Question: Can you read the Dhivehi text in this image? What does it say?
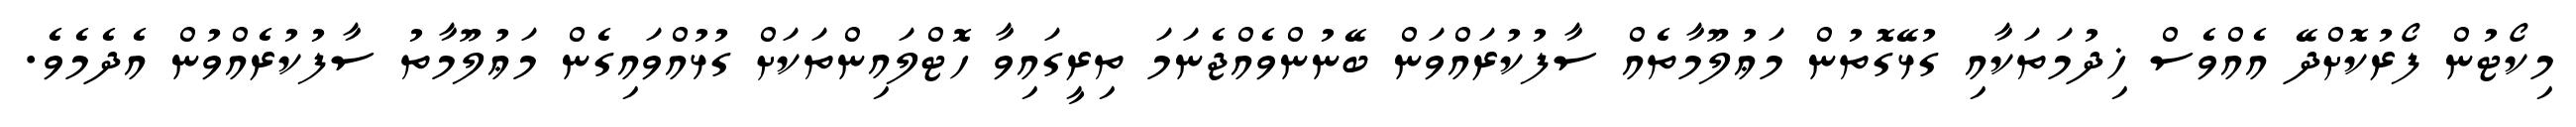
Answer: މިކޯޓުން ފޯރުކޮށްދޭ އެއްވެސް ޚިދުމަތަކާއި ގުޅޭގޮތުން މަޢުލޫމާތެއް ސާފުކުރައްވަން ބޭނުންވެއްޖެނަމަ ތިރީގައިވާ ހޮޓްލައިންތަކަށް ގުޅުއްވައިގެން މަޢުލޫމާތު ސާފުކުރެއްވުން އެދެމެވެ.